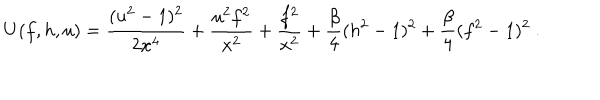
LaTeX: U ( f , h , u ) = \frac { ( u ^ { 2 } - 1 ) ^ { 2 } } { 2 x ^ { 4 } } + \frac { u ^ { 2 } f ^ { 2 } } { x ^ { 2 } } + \frac { f ^ { 2 } } { x ^ { 2 } } + \frac \beta 4 ( h ^ { 2 } - 1 ) ^ { 2 } + \frac \beta 4 ( f ^ { 2 } - 1 ) ^ { 2 } \ .